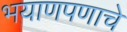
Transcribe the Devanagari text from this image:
भयाणपणाचे